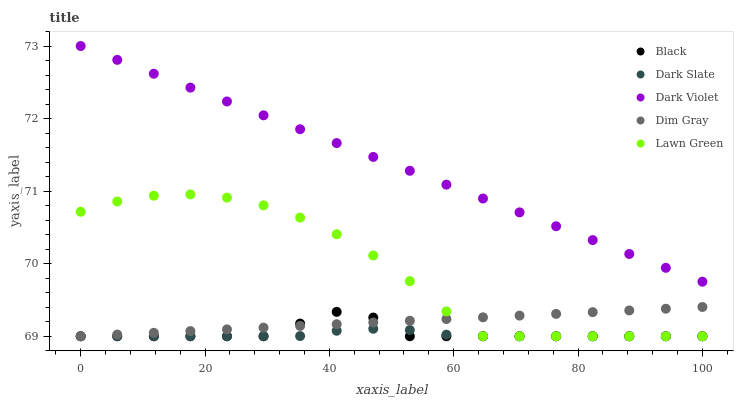
| xaxis_label | Black | Dark Slate | Dark Violet | Dim Gray | Lawn Green |
 | --- | --- | --- | --- | --- | --- |
 | 0 | 69 | 69 | 73 | 69 | 70.7 |
 | 5.88 | 69 | 69 | 72.8 | 69 | 70.9 |
 | 11.8 | 69 | 69 | 72.6 | 69 | 70.9 |
 | 17.6 | 69 | 69 | 72.4 | 69.1 | 71 |
 | 23.5 | 69 | 69 | 72.2 | 69.1 | 70.9 |
 | 29.4 | 69 | 69 | 72 | 69.1 | 70.8 |
 | 35.3 | 69.2 | 69 | 71.9 | 69.1 | 70.6 |
 | 41.2 | 69.3 | 69.1 | 71.7 | 69.2 | 70.4 |
 | 47.1 | 69.3 | 69.1 | 71.5 | 69.2 | 70.1 |
 | 52.9 | 69 | 69.1 | 71.3 | 69.2 | 69.8 |
 | 58.8 | 69 | 69 | 71.1 | 69.2 | 69.3 |
 | 64.7 | 69 | 69 | 70.9 | 69.3 | 69 |
 | 70.6 | 69 | 69 | 70.7 | 69.3 | 69 |
 | 76.5 | 69 | 69 | 70.5 | 69.3 | 69 |
 | 82.4 | 69 | 69 | 70.3 | 69.3 | 69 |
 | 88.2 | 69 | 69 | 70.1 | 69.4 | 69 |
 | 94.1 | 69 | 69 | 69.9 | 69.4 | 69 |
 | 100 | 69 | 69 | 69.8 | 69.4 | 69 |